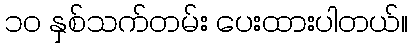
၁၀ နှစ်သက်တမ်း ပေးထားပါတယ်။